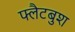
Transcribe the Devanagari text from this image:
फ्लैटबुश